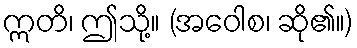
ဣတိ၊ ဤသို့။ (အဝေါစ၊ ဆို၏။)